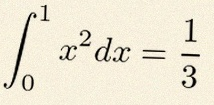
\int_0^1 x^2dx=\frac13